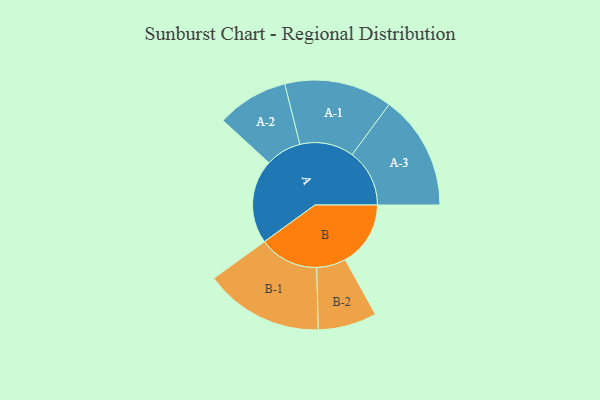
{"axis": {"x": "Segment", "y": "Value"}, "legend": ["", "A", "B"], "data": [{"x": "A", "y": 392, "type": ""}, {"x": "B", "y": 305, "type": ""}, {"x": "A-1", "y": 252, "type": "A"}, {"x": "A-2", "y": 167, "type": "A"}, {"x": "A-3", "y": 268, "type": "A"}, {"x": "B-1", "y": 278, "type": "B"}, {"x": "B-2", "y": 137, "type": "B"}]}